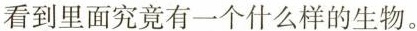
能看到里面究竟有一个什么样的生物。